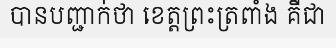
បានបញ្ជាក់ថា ខេត្តព្រះត្រពាំង គឺជា